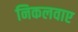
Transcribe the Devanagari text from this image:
निकलवाए